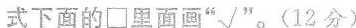
式下面的□□里面画”√ ”。(12分)